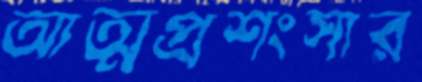
আত্মপ্রশংসার